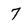
Character: 7